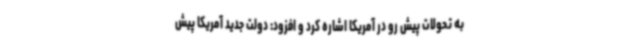
به تحولات پیش رو در آمریکا اشاره کرد و افزود: دولت جدید آمریکا پیش